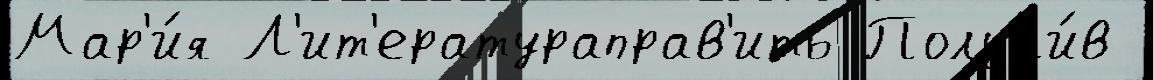
Мар'и́я Л'ит'ератураправ'ить Получи́в